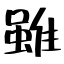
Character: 雖